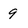
Character: 9